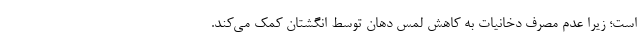
است؛ زیرا عدم مصرف دخانیات به کاهش لمس دهان توسط انگشتان کمک می‌کند.